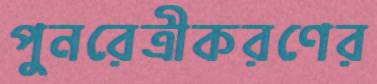
পুনরেত্রীকরণের